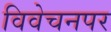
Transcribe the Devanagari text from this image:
विवेचनपर